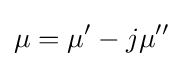
\mu =\mu '-j\mu ''